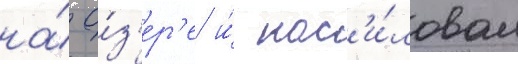
на́ о́з'ер'е и́ нас'и́ловал